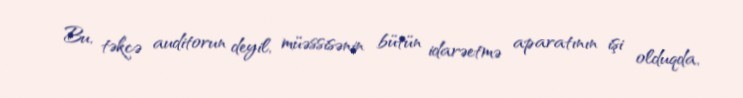
Bu, təkcə auditorun deyil, müəssisənin bütün idarəetmə aparatının işi olduqda,